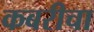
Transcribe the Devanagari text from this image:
कबरीचा